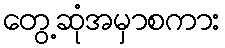
တွေ့ဆုံအမှာစကား